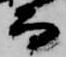
而